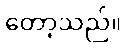
တော့သည်။